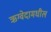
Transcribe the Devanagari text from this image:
ऋग्वेदामधील